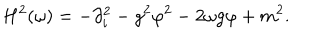
LaTeX: H ^ { 2 } ( \omega ) = - \partial _ { i } ^ { 2 } - g ^ { 2 } \varphi ^ { 2 } - 2 \omega g \varphi + m ^ { 2 } .